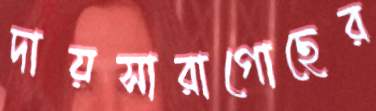
দায়সারাগোছের